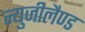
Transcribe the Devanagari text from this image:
न्युजीलैण्ड